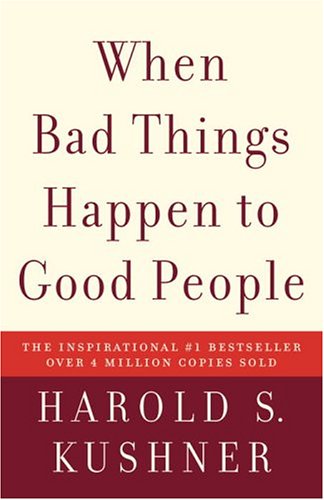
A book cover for When Bad Things Happen to Good People; Harold S. Kushner; Self-Help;